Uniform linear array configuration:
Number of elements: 32
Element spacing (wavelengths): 0.5
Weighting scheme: hamming
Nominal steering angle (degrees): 45
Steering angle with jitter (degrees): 44.75
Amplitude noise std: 0.05
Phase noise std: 0.05

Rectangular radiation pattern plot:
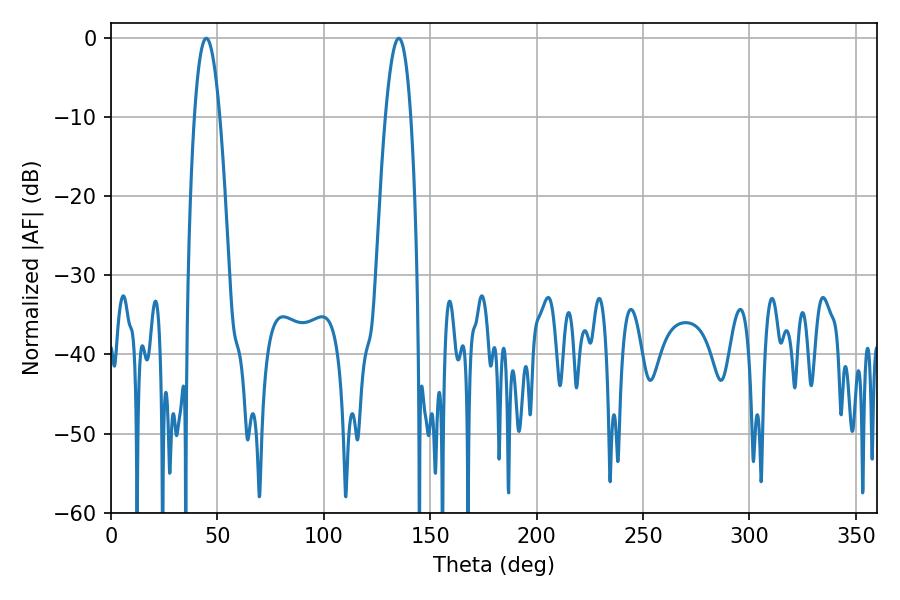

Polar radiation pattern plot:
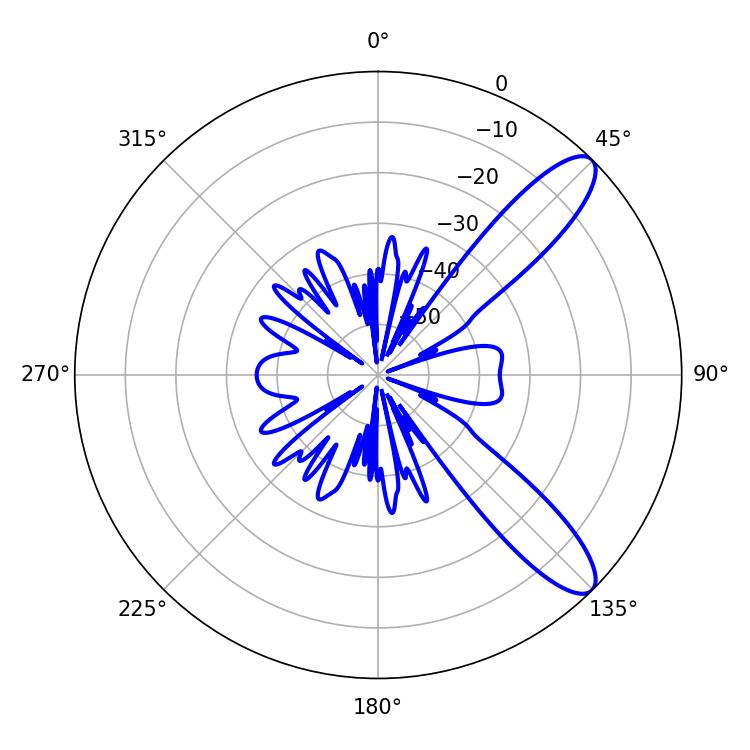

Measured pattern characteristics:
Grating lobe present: FALSE
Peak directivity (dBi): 10.592
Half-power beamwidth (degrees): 6.66
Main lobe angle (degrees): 135.18